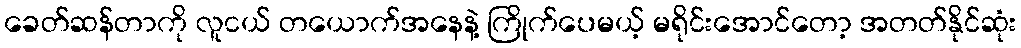
ခေတ်ဆန်တာကို လူငယ် တယောက်အနေနဲ့ ကြိုက်ပေမယ့် မရိုင်းအောင်တော့ အတတ်နိုင်ဆုံး